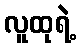
လူထုရဲ့